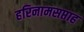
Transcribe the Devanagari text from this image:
हरिनामसप्ताह